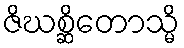
ဇိဃစ္ဆိတောသ္မိ